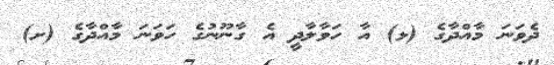
ދެވަނަ މާއްދާގެ (ޅ) އާ ހަވާލާދީ އެ ގާނޫނުގެ ހަވަނަ މާއްދާގެ (ށ)